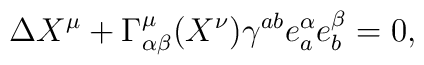
\Delta X^{\mu} + \Gamma^{\mu}_{\alpha\beta} (X^{\nu})\gamma^{ab} e^{\alpha}_{a} e^{\beta}_{b} = 0,